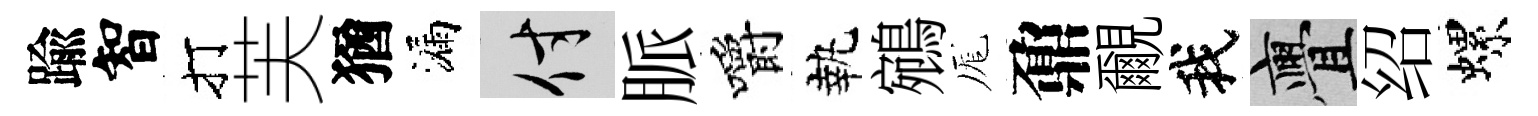
踰智打芙猶漏付脈嚼執鵷厖鼐覼我亹绍螺